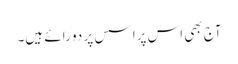
آج بھی اس پراسس پر دو رائے ہیں۔